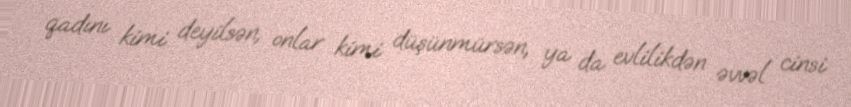
qadını kimi deyilsən, onlar kimi düşünmürsən, ya da evlilikdən əvvəl cinsi